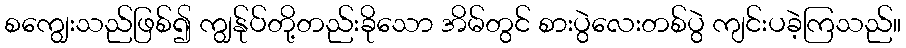
စကျွေးသည်ဖြစ်၍ ကျွန်ုပ်တို့တည်းခိုသော အိမ်တွင် စားပွဲလေးတစ်ပွဲ ကျင်းပခဲ့ကြသည်။